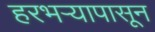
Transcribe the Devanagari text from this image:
हरभऱ्यापासून